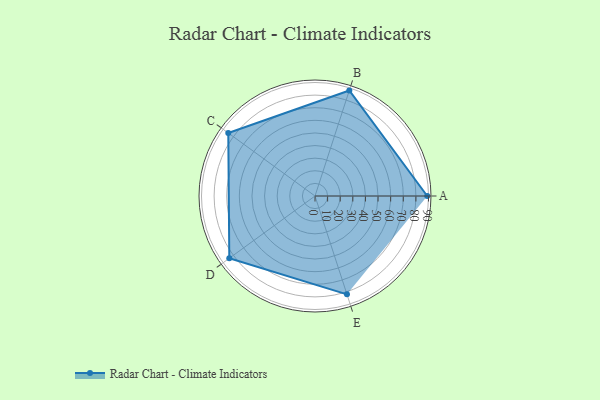
{"axis": {"x": "Skill", "y": "Score"}, "legend": ["Profile"], "data": [{"x": "A", "y": 89.0, "type": "Profile"}, {"x": "B", "y": 88.0, "type": "Profile"}, {"x": "C", "y": 85.0, "type": "Profile"}, {"x": "D", "y": 84.0, "type": "Profile"}, {"x": "E", "y": 82.0, "type": "Profile"}]}